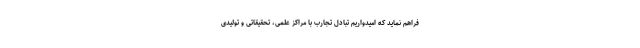
فراهم نماید که امیدواریم تبادل تجارب با مراکز علمی، تحقیقاتی و تولیدی